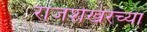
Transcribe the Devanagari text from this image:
राजशेखरच्या